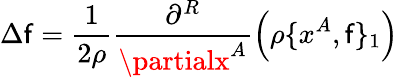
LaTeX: \Delta\mathsf{f}=\frac{{1}}{{2\rho}}\frac{{\partial^{R}}}{{\partialx^{A}}}\left(\rho\{ x^{A},\mathsf{f}\} _{1}\right)